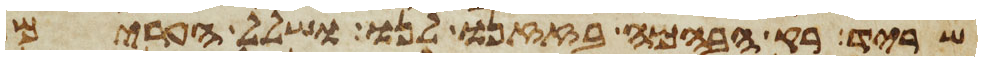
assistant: שריד רק הבהמה בזזנו לנו ושלל הערים